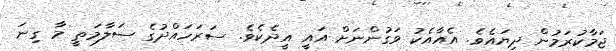
ޖަމާކުރަމުން ދިޔައެވެ. އެއާއެކު ވަގުންނަށް އައީ އީދެކެވެ. ސަރަހައްދުގެ ސަލާމަތީ މާ ގިނަ